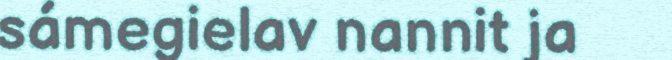
sámegielav nannit ja